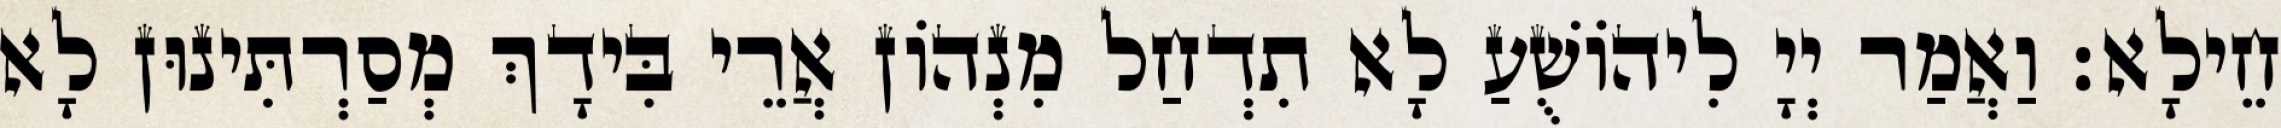
חֵילָא׃ וַאֲמַר יְיָ לִיהוֹשֻׁעַ לָא תִדְחַל מִנְהוֹן אֲרֵי בִּידָךְ מְסַרְתִּינוּן לָא